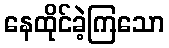
နေထိုင်ခဲ့ကြသော